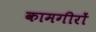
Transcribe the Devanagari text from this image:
कामगीरों